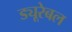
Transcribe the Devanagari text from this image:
ड्यूरेबल